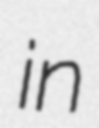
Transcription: in